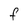
Character: f